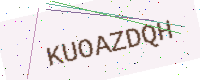
Text: KUOAZDQH